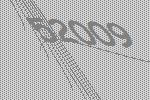
52009